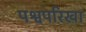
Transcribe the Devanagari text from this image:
पश्वपरिखा